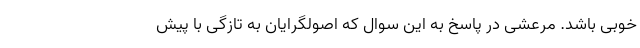
خوبی باشد. مرعشی در پاسخ به این سوال که اصولگرایان به تازگی با پیش